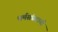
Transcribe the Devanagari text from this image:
धर्मसंप्रदायी